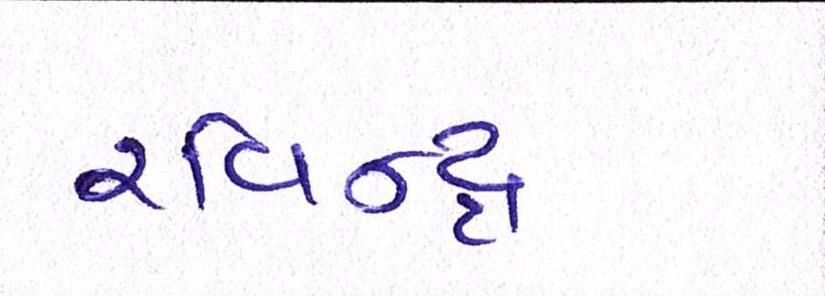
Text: રવિન્દ્ર